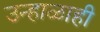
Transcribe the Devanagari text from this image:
उन्हाळाही